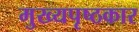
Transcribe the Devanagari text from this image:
मुख्यपृष्ठकार